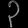
Digit: ၃